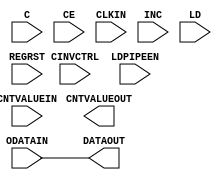
module ODELAYE2 (/*AUTOARG*/
   // Outputs
   CNTVALUEOUT, DATAOUT,
   // Inputs
   C, CE, CINVCTRL, CLKIN, CNTVALUEIN, INC, LD, LDPIPEEN, ODATAIN,
   REGRST
   );

    parameter CINVCTRL_SEL              = "FALSE";
    parameter DELAY_SRC                 = "ODATAIN";
    parameter HIGH_PERFORMANCE_MODE     = "FALSE";
    parameter [0:0] IS_C_INVERTED       = 1'b0;
    parameter [0:0] IS_ODATAIN_INVERTED = 1'b0;
    parameter ODELAY_TYPE               = "FIXED";
    parameter integer ODELAY_VALUE      = 0;
    parameter PIPE_SEL                  = "FALSE";
    parameter real REFCLK_FREQUENCY     = 200.0;
    parameter SIGNAL_PATTERN            = "DATA";

   input 	 C;           //clock for VARIABLE, VAR_LOAD,VAR_LOAD_PIPE mode
   input 	 REGRST;      //reset pipeline reg to all zeroes
   input 	 LD;          //loads programmed values depending on "mode"     
   input 	 CE;          //enable encrement/decrement function
   input 	 INC;         //increment/decrement tap delays
   input 	 CINVCTRL;    //dynamically inverts clock polarity
   input [4:0] 	 CNTVALUEIN;  //input value from FPGA logic
   input 	 CLKIN;       //clk from I/O clock mux??
   input 	 ODATAIN;     //data from OSERDESE2 output
   output 	 DATAOUT;     //delayed data to pin
   input 	 LDPIPEEN;    //enables pipeline reg??
   output [4:0]  CNTVALUEOUT; //current value for FPGA logic

   
   assign DATAOUT=ODATAIN;
      
endmodule